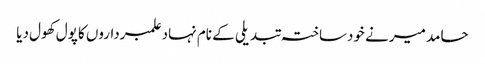
حامد میر نے خودساختہ تبدیلی کے نام نہاد علمبرداروں کا پول کھول دیا